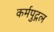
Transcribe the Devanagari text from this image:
कर्मपुद्गल